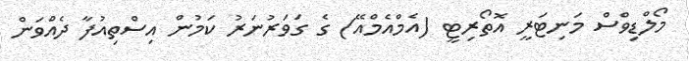
މޯލްޑިވްސް މަނިޓަރީ އޮތޯރިޓީ (އެމްއެމްއޭ) ގެ ގަވަރުނަރު ކަމުން އިސްތިއުފާ ދެއްވަން